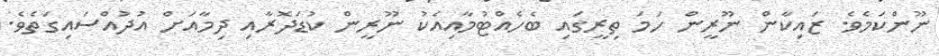
ނޫންކަމެވެ. ޒައިކާން ނޫރީން ހަމަ ތިރީގައި ބެހެއްޓުމާއިއެކު ނޫރީން ކުޑަދޮރާއި ދިމާއަށް އުދުއްސައިގަތެވެ.